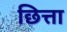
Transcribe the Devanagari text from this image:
छित्ता